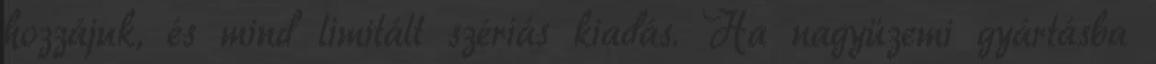
hozzájuk, és mind limitált szériás kiadás. Ha nagyüzemi gyártásba